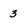
Character: 3